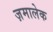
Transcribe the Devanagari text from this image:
ज़मालेक